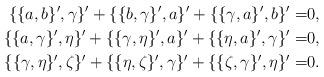
LaTeX: \begin{align*}\{\{a,b\}',\gamma\}'+\{\{b,\gamma\}',a\}'+\{\{\gamma,a\}',b\}'=&0,\\\{\{a,\gamma\}',\eta\}'+\{\{\gamma,\eta\}',a\}'+\{\{\eta,a\}',\gamma\}'=&0,\\\{\{\gamma,\eta\}',\zeta\}'+\{\{\eta,\zeta\}',\gamma\}'+\{\{\zeta,\gamma\}',\eta\}'=&0.\end{align*}